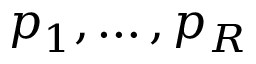
p _ { 1 } , \dots , p _ { R }